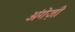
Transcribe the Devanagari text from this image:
अंगेज़ी